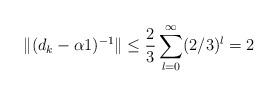
LaTeX: \begin{align*}\| (d_k - \alpha 1)^{-1} \| \leq \frac{2}{3} \sum_{l=0}^{\infty} (2/3)^l = 2\end{align*}